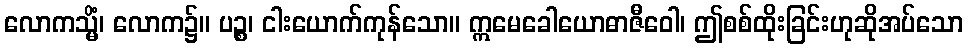
လောကသ္မိံ၊ လောက၌။ ပဉ္စ၊ ငါးယောက်ကုန်သော။ ဣမေခေါယောဓာဇီဝေါ၊ ဤစစ်ထိုးခြင်းဟုဆိုအပ်သော